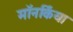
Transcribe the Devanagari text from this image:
मॉनर्किया